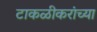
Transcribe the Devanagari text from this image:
टाकळीकरांच्या